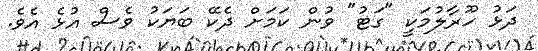
ދަޅު ހޫރާލުމަކީ "ގަޓު" ވުން ކަމަށް ދެކޭ ބަޔަކު ވެސް އުޅެ އެވެ.